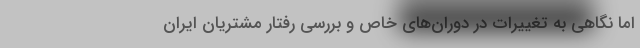
اما نگاهی به تغییرات در دوران‌های خاص و بررسی رفتار مشتریان ایران